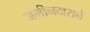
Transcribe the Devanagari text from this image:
जमीनदाराने